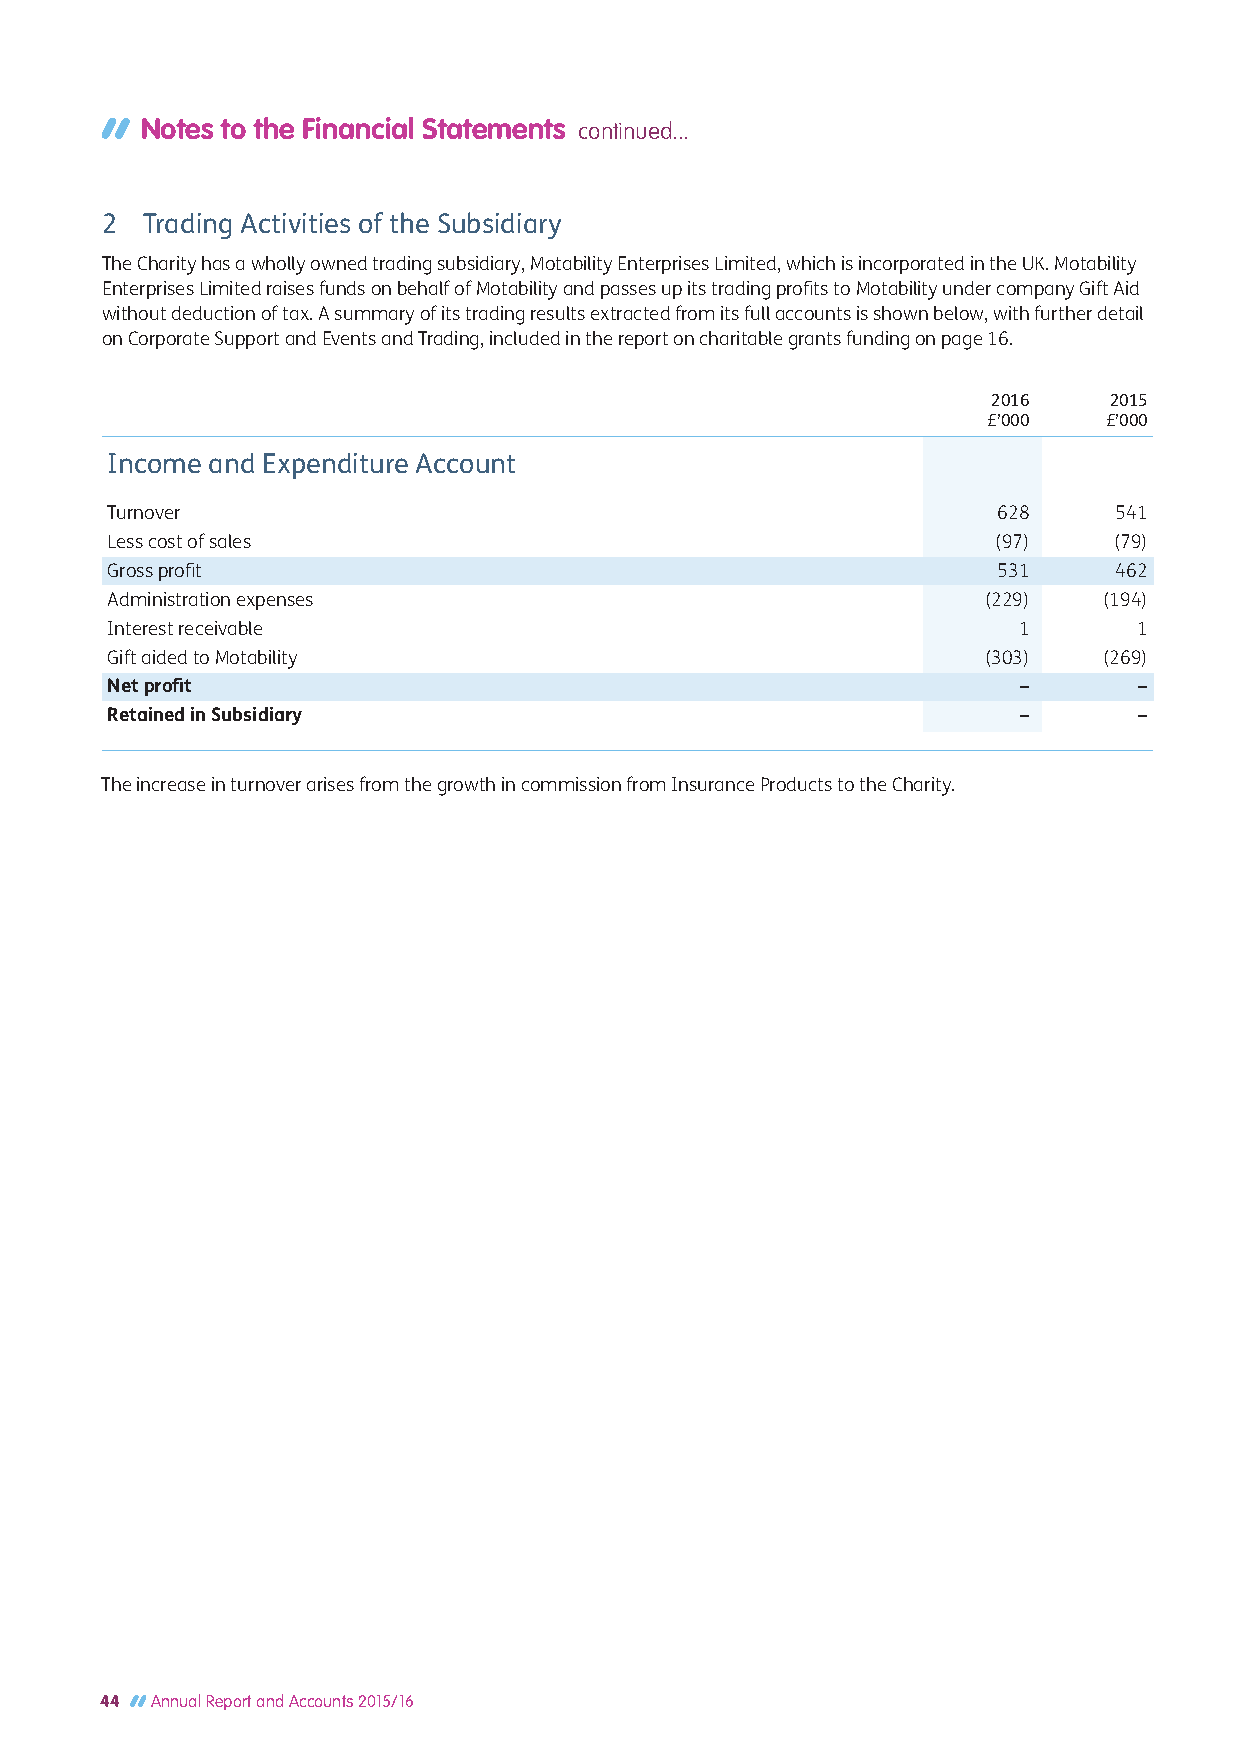
Notes to the Financial Statements continued...
 2 Trading Activities of the Subsidiary
 The Charity has a wholly owned trading subsidiary, Motability Enterprises Limited, which is incorporated in the UK. Motability
 Enterprises Limited raises funds on behalf of Motability and passes up its trading profits to Motability under company Gift Aid
 without deduction of tax. A summary of its trading results extracted from its full accounts is shown below, with further detail
 on Corporate Support and Events and Trading, included in the report on charitable grants funding on page 16.
 2016   2015
 £’000   £’000
 Income and Expenditure Account
 Turnover                                                   628     541
 Less cost of sales                                         (97)    (79)
 Gross profit                                               531     462
 Administration expenses                                   (229)   (194)
 Interest receivable                                         1       1
 Gift aided to Motability                                  (303)   (269)
 Net profit                                                  –       –
 Retained in Subsidiary                                      –       –
 The increase in turnover arises from the growth in commission from Insurance Products to the Charity.
 44 Annual Report and Accounts 2015/16